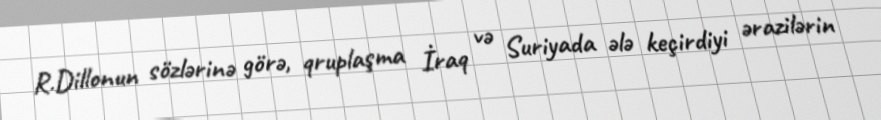
R.Dillonun sözlərinə görə, qruplaşma İraq və Suriyada ələ keçirdiyi ərazilərin